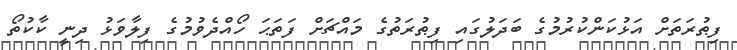
ފިޠުރަތަށް އަޅުކަންކުރުމުގެ ބަދަލުގައި ފިޠުރަތުގެ މައްޗަށް ފަތަޙަ ހޯއްދެވުމުގެ ފިލާވަޅު ދިނީ ކާކުތޯ